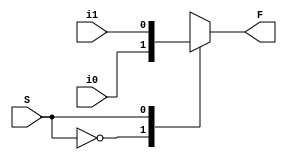
module Mux2x1(i0, i1, S, F);
	input i0, i1, S;
	output F;
	
	reg F;
	
	always @(*)
	begin
		case (S)
			1'b0 : F = i0;
			1'b1 : F = i1;
		endcase
	end
	
endmodule